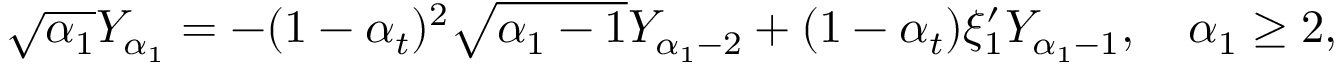
\begin{array} { r } { \sqrt { \alpha _ { 1 } } Y _ { \alpha _ { 1 } } = - ( 1 - \alpha _ { t } ) ^ { 2 } \sqrt { \alpha _ { 1 } - 1 } Y _ { \alpha _ { 1 } - 2 } + ( 1 - \alpha _ { t } ) \xi _ { 1 } ^ { \prime } Y _ { \alpha _ { 1 } - 1 } , \quad \alpha _ { 1 } \geq 2 , } \end{array}